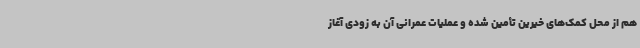
هم از محل کمک‌های خیرین تأمین شده و عملیات عمرانی آن به زودی آغاز